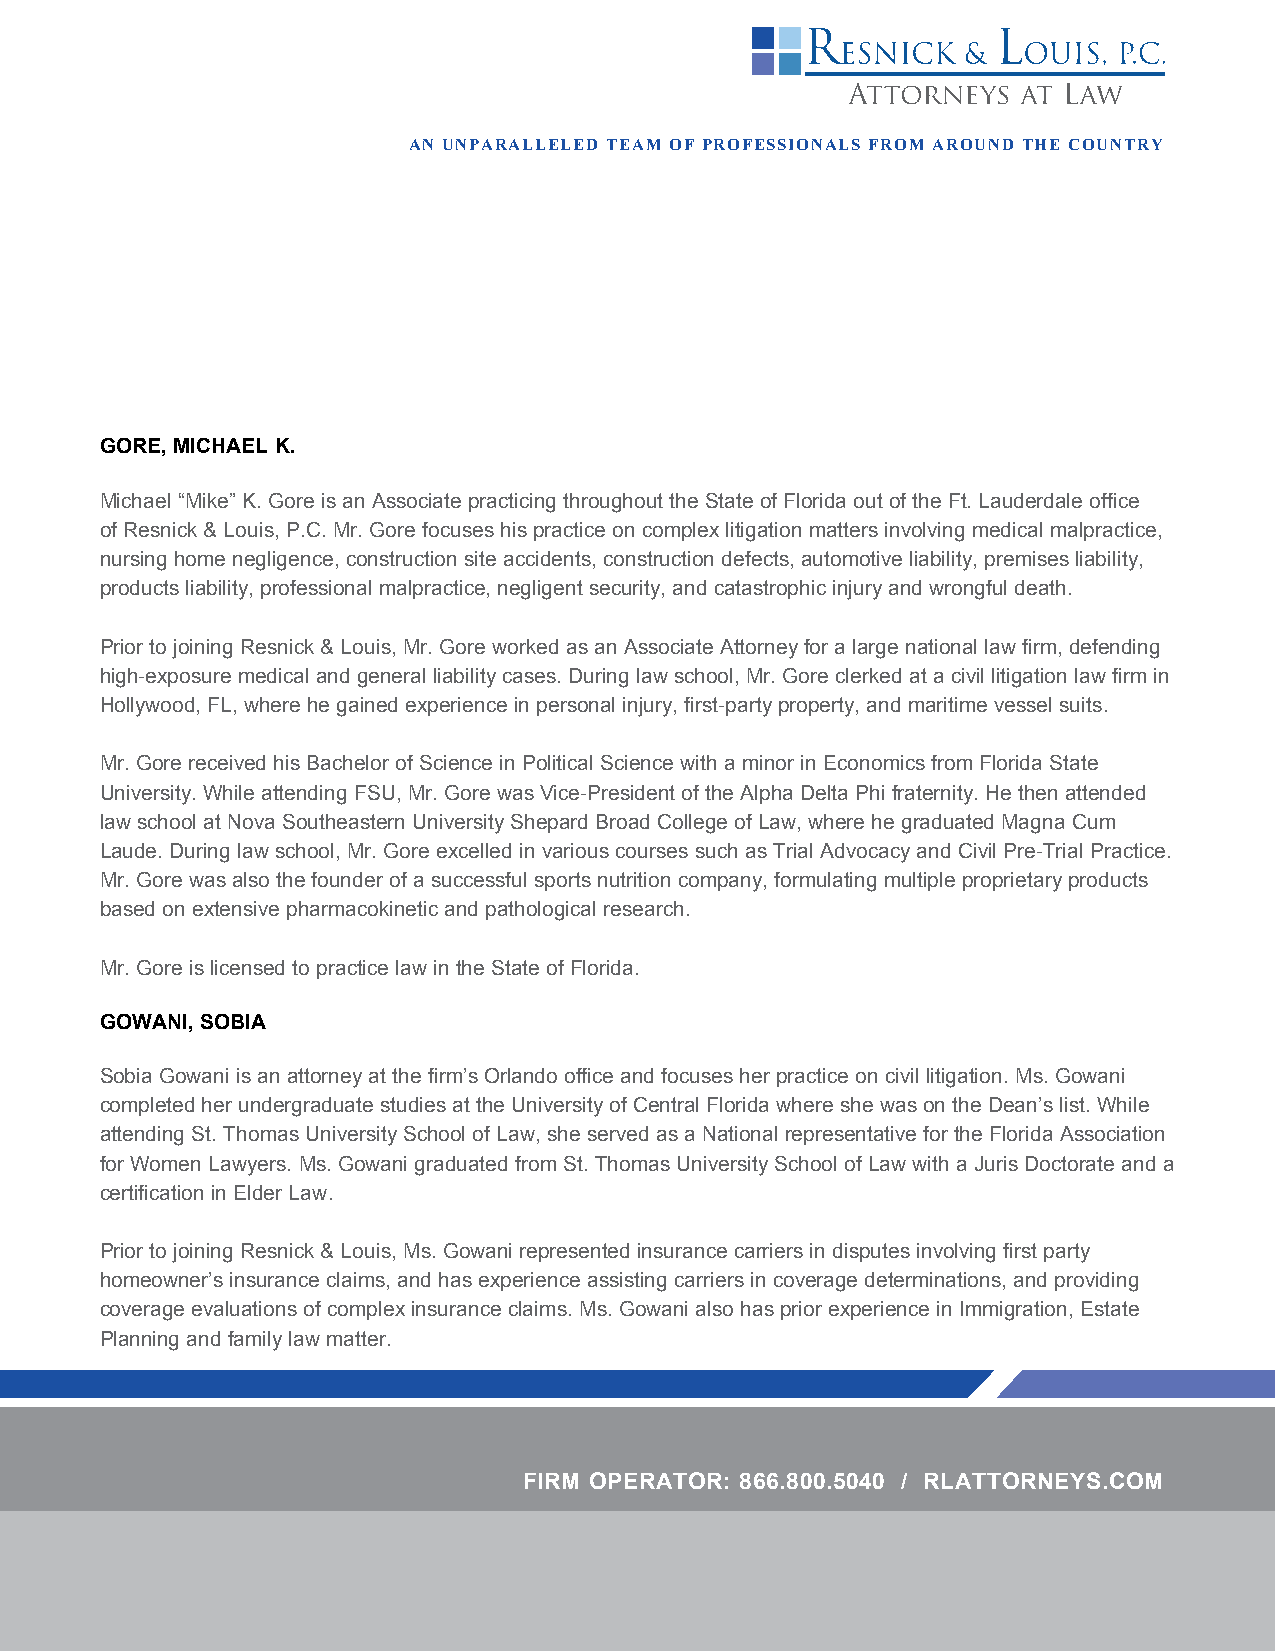
AN UNPARALLELED TEAM OF PROFESSIONALS FROM AROUND THE COUNTRY
 GORE, MICHAEL K.
 Michael “Mike” K. Gore is an Associate practicing throughout the State of Florida out of the Ft. Lauderdale office
 of Resnick & Louis, P.C. Mr. Gore focuses his practice on complex litigation matters involving medical malpractice,
 nursing home negligence, construction site accidents, construction defects, automotive liability, premises liability,
 products liability, professional malpractice, negligent security, and catastrophic injury and wrongful death.
 Prior to joining Resnick & Louis, Mr. Gore worked as an Associate Attorney for a large national law firm, defending
 high-exposure medical and general liability cases. During law school, Mr. Gore clerked at a civil litigation law firm in
 Hollywood, FL, where he gained experience in personal injury, first-party property, and maritime vessel suits.
 Mr. Gore received his Bachelor of Science in Political Science with a minor in Economics from Florida State
 University. While attending FSU, Mr. Gore was Vice-President of the Alpha Delta Phi fraternity. He then attended
 law school at Nova Southeastern University Shepard Broad College of Law, where he graduated Magna Cum
 Laude. During law school, Mr. Gore excelled in various courses such as Trial Advocacy and Civil Pre-Trial Practice.
 Mr. Gore was also the founder of a successful sports nutrition company, formulating multiple proprietary products
 based on extensive pharmacokinetic and pathological research.
 Mr. Gore is licensed to practice law in the State of Florida.
 GOWANI, SOBIA
 Sobia Gowani is an attorney at the firm’s Orlando office and focuses her practice on civil litigation. Ms. Gowani
 completed her undergraduate studies at the University of Central Florida where she was on the Dean’s list. While
 attending St. Thomas University School of Law, she served as a National representative for the Florida Association
 for Women Lawyers. Ms. Gowani graduated from St. Thomas University School of Law with a Juris Doctorate and a
 certification in Elder Law.
 Prior to joining Resnick & Louis, Ms. Gowani represented insurance carriers in disputes involving first party
 homeowner’s insurance claims, and has experience assisting carriers in coverage determinations, and providing
 coverage evaluations of complex insurance claims. Ms. Gowani also has prior experience in Immigration, Estate
 Planning and family law matter.
 FIRM OPERATOR: 866.800.5040 / RLATTORNEYS.COM